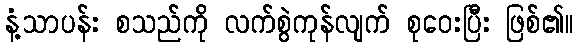
နံ့သာပန်း စသည်ကို လက်စွဲကုန်လျက် စုဝေးပြီး ဖြစ်၏။